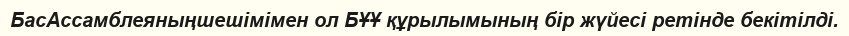
БасАссамблеяныңшешімімен ол БҰҰ құрылымының бір жүйесі ретінде бекітілді.